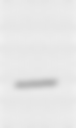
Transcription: –